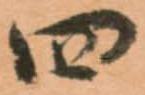
四